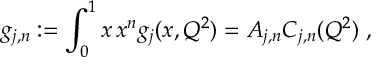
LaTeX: g _ { j , n } : = \int _ { 0 } ^ { 1 } \d x \, x ^ { n } g _ { j } ( x , Q ^ { 2 } ) = A _ { j , n } C _ { j , n } ( Q ^ { 2 } ) \; ,